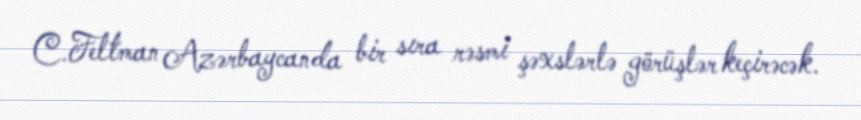
C.Feltman Azərbaycanda bir sıra rəsmi şəxslərlə görüşlər keçirəcək.